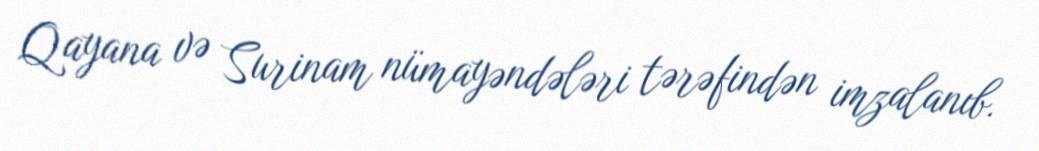
Qayana və Surinam nümayəndələri tərəfindən imzalanıb.